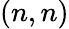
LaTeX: (n,n)